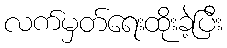
လက်မှတ်ရေးထိုးခဲ့ပြီး